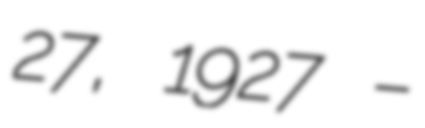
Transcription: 27, 1927 –